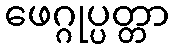
ဖေဂ္ဂုပ္ပတ္တာ